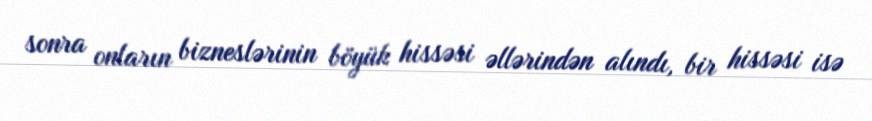
sonra onların bizneslərinin böyük hissəsi əllərindən alındı, bir hissəsi isə